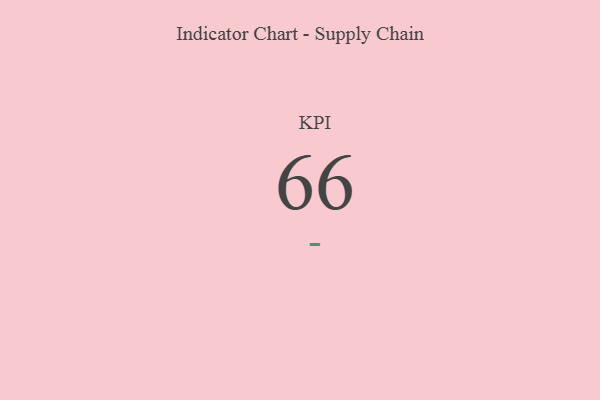
{"axis": {"x": "KPI", "y": "Value"}, "legend": [""], "data": [{"x": "KPI", "y": 66, "type": ""}]}